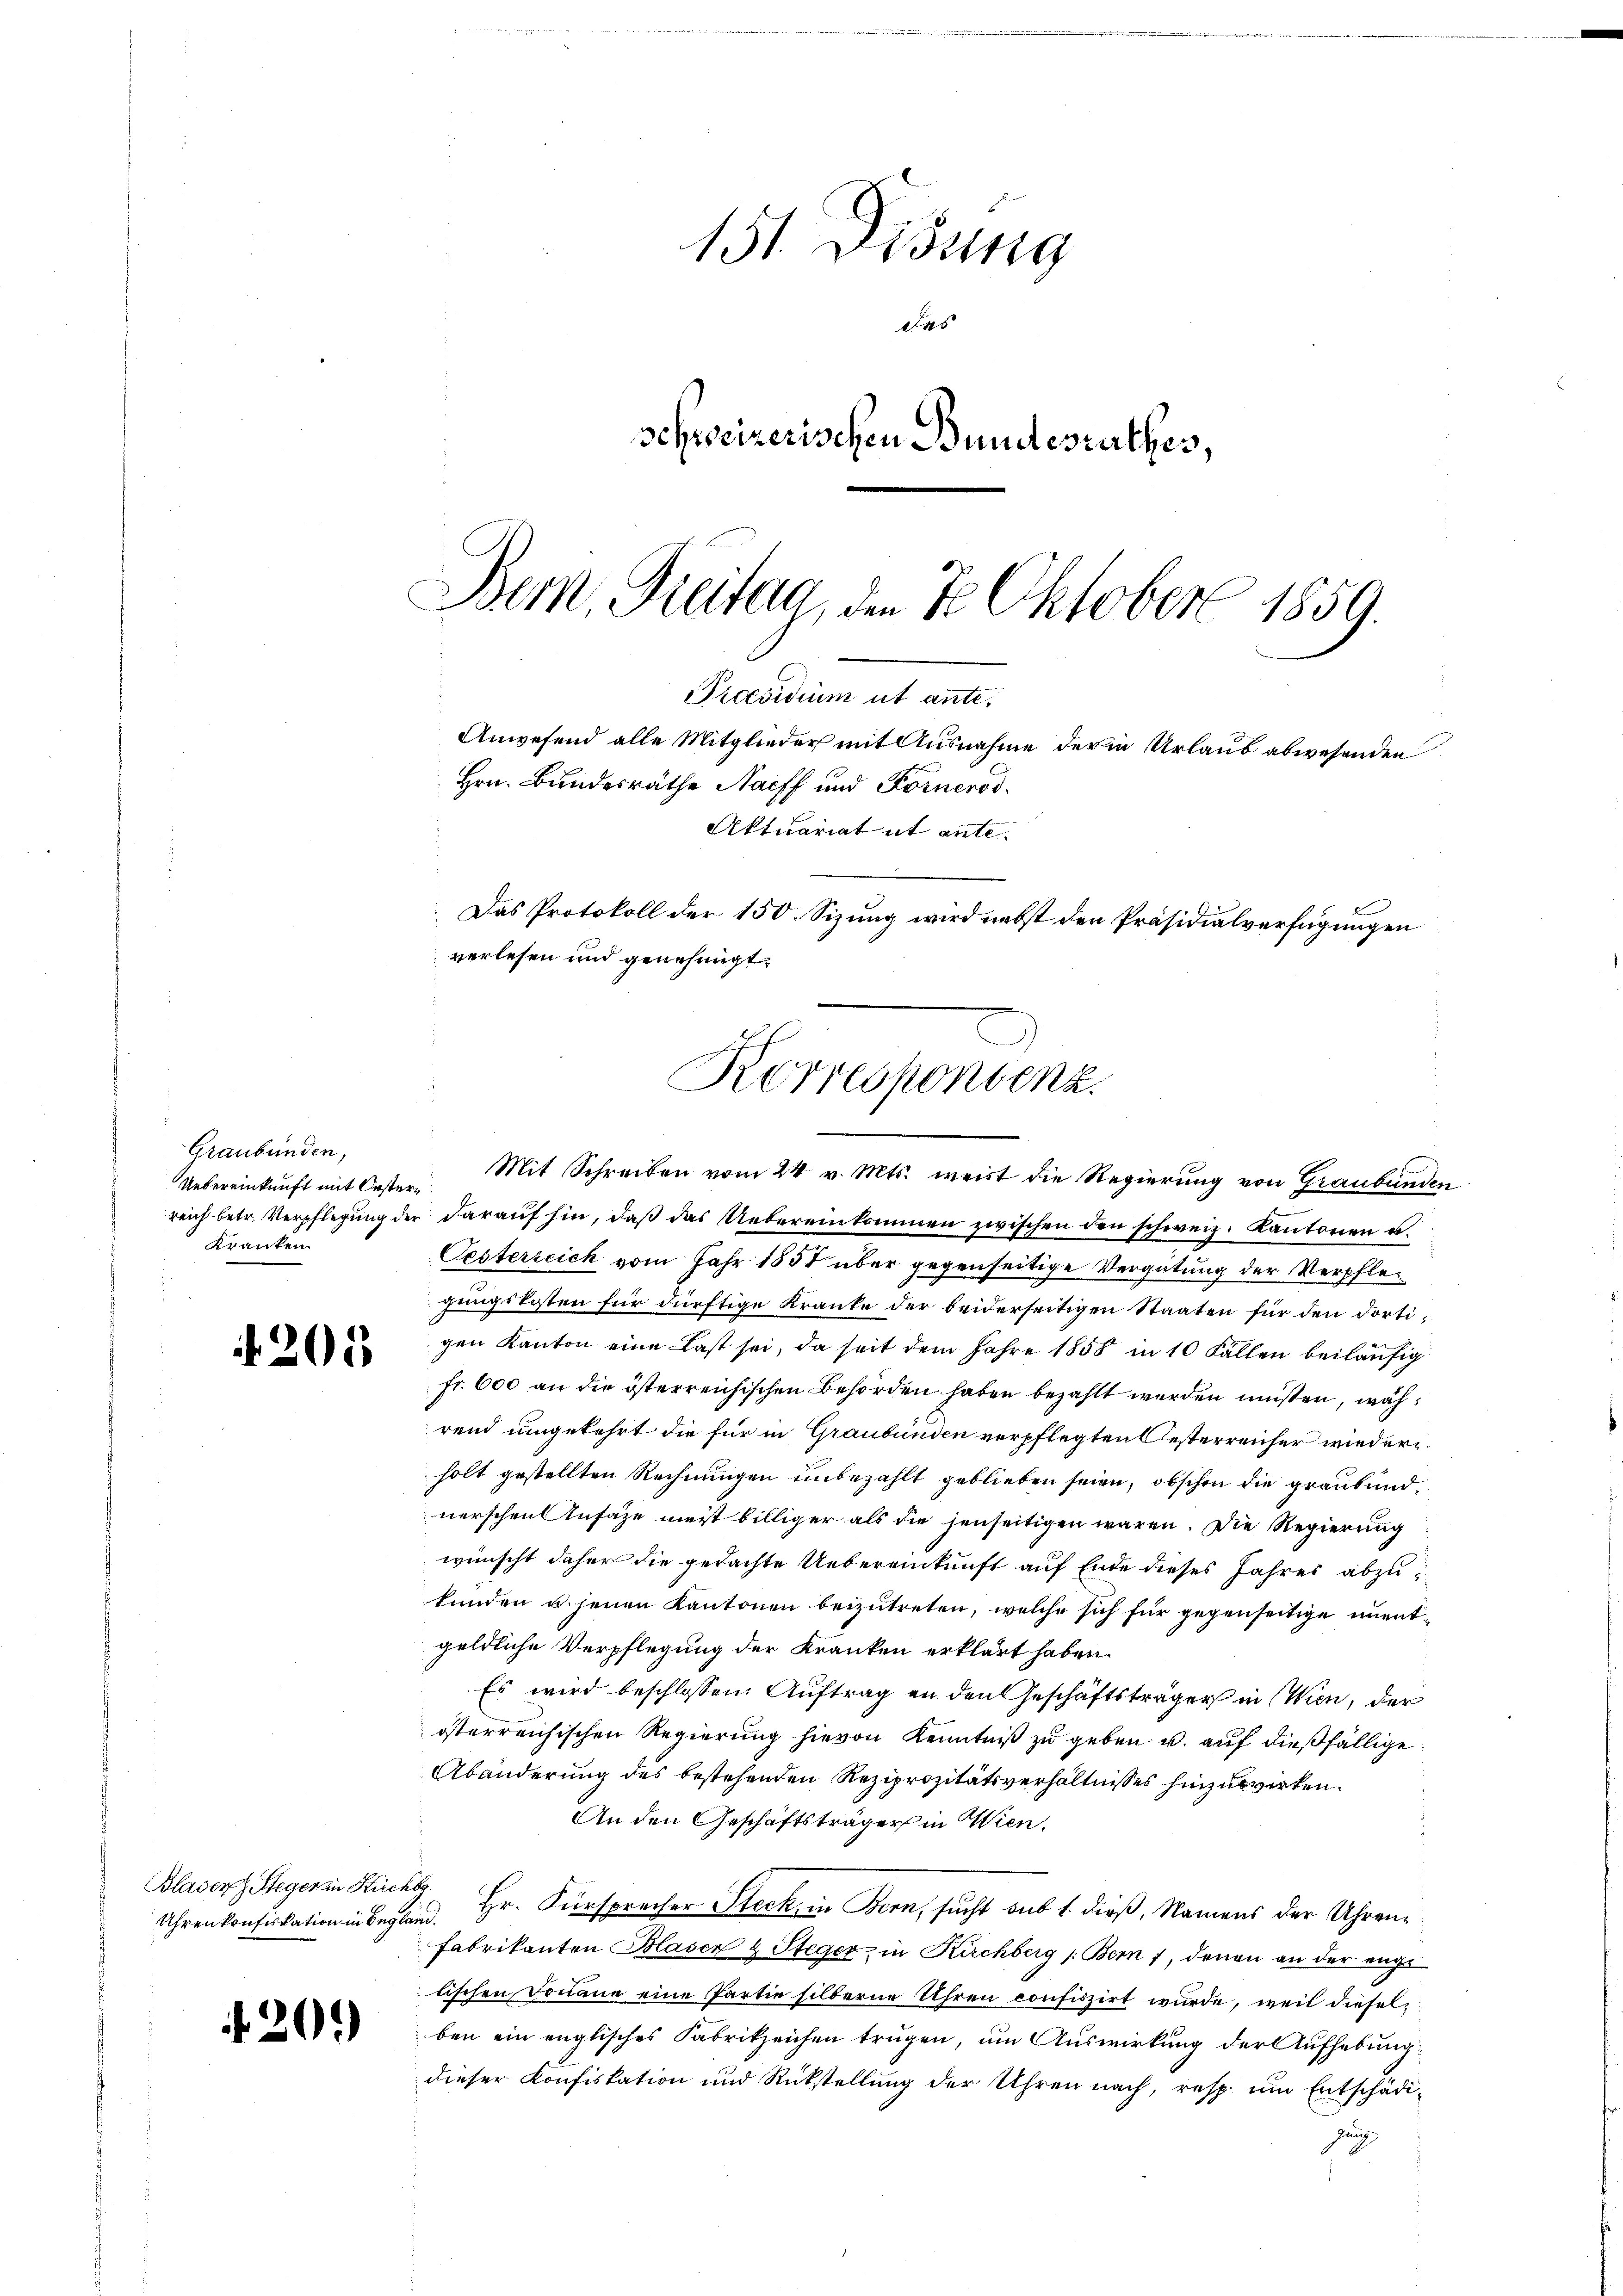
Graubünden,
Uebereinkunft mit Oester¬
Kranken.

205

Blasen Steger in Kirchbe

20.

151. Disung
45
schreizerischen Bundesrathes,

Bern, Freitag, den 7. Oktober 1859.
Praesidium ut ante.
Anwesend alle Mitglieder mit Ausnahme der in Urlaub abwesenden
Hrn. Bundesräthe Nacff und Forneros
Aktuariat et ante.
Das Protokoll der 150. Sizung wird nebst den Präsidialverfügungen
verlesen und genehmigt.
Korrespondenz.

Mit Schreiben vom 24. v. Mts. weist die Regierung von Graubünden
reich betr. Verpflegŭng der daraŭf hin, daβ das Uebereinkommen zwischen den schweiz. Kantonen u.
Oesterreich vom Jahr 1858 über gegenseitige Vergütung der Verpflegungskosten für dürftige Kranke der beiderseitigen Staaten für den dortigen Kanton eine Last sei, da seit dem Jahre 1858 in 10 Fällen beiläufig
fr. 600 an die österreichischen Behörden haben bezahlt werden müssen, während umgekehrt die für in Graubünden verpflegten Oesterreicher wiedere
holt gestellten Rechnungen unbezahlt geblieben seien, obschon die graubündnerschen Anfage meist billiger als die jenseitigen wären. Die Regierung
wünscht daher die gedachte Uebereinkunft auf Ende dieses Jahres abzukunden u. jenen Kantonen beizutreten, welche sich für gegenseitige unentgeldliche Verpflegung der Kranken erklärt haben.
Es wird beschlossen: Auftrag an den Geschäftsträger in Wien, der
österreichischen Regierung hievon Kenntniß zu geben u. auf dießfällige
Abänderung des bestehenden Reziprozitätsverhältnisses hinzuwirken.
An den Geschäftsträger in Wien.
Uhrenkonfiskation in Begland. Hr. Fürsprecher Steck in Bern, sucht sub 1. dieß, Namens der Uhren¬
Fabrikanten Blaser & Steger in Kirchberg /: Bern 1, denen an der engetischen Donaue eine Partie silberne Uhren confiszirt wurde, weil diesel
ben ein englisches Fabrikzeichen trugen, um Auswirkung der Aufhebung
dieser Konfiskation und Rückstellung der Uhren nach, resp. um Entschädihung